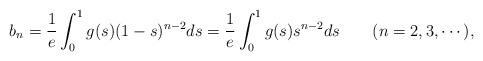
LaTeX: \begin{align*}b_{n}=\frac{1}{e}\int_{0}^{1}g(s)(1-s)^{n-2}ds =\frac{1}{e}\int_{0}^{1}g(s)s^{n-2}ds \qquad(n=2,3,\dotsm),\end{align*}